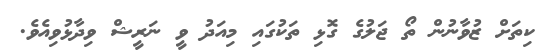
ކިތަށް ޒުވާނުން ތޯ ޖަލުގެ ގޮޅި ތަކުގައި މިއަދު ވީ ނަރީޝް ވިދާޅުވިއެވެ.